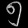
Digit: ၅